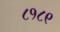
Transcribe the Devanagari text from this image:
८१८९